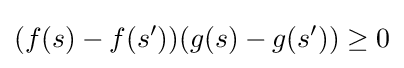
(f(s)-f(s'))(g(s)-g(s'))\geq 0